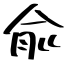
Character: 兪